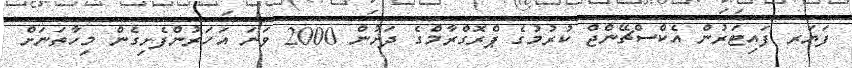
ފަޔަރ ފައިޓަރުން އެކްސްޗޭންޖް ކުރުމުގެ ޕްރޮގްރާމްގެ ދަށުން 2000 ވަނަ އަހަރުންފެށިގެން މިހާތަނަށް